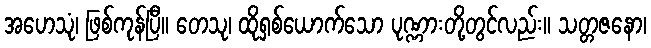
အဟေသုံ၊ ဖြစ်ကုန်ပြီ။ တေသု၊ ထိုရှစ်ယောက်သော ပုဏ္ဏားတို့တွင်လည်း။ သတ္တဇနော၊